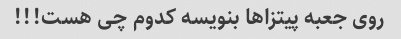
روی جعبه پیتزاها بنویسه کدوم چی هست!!!